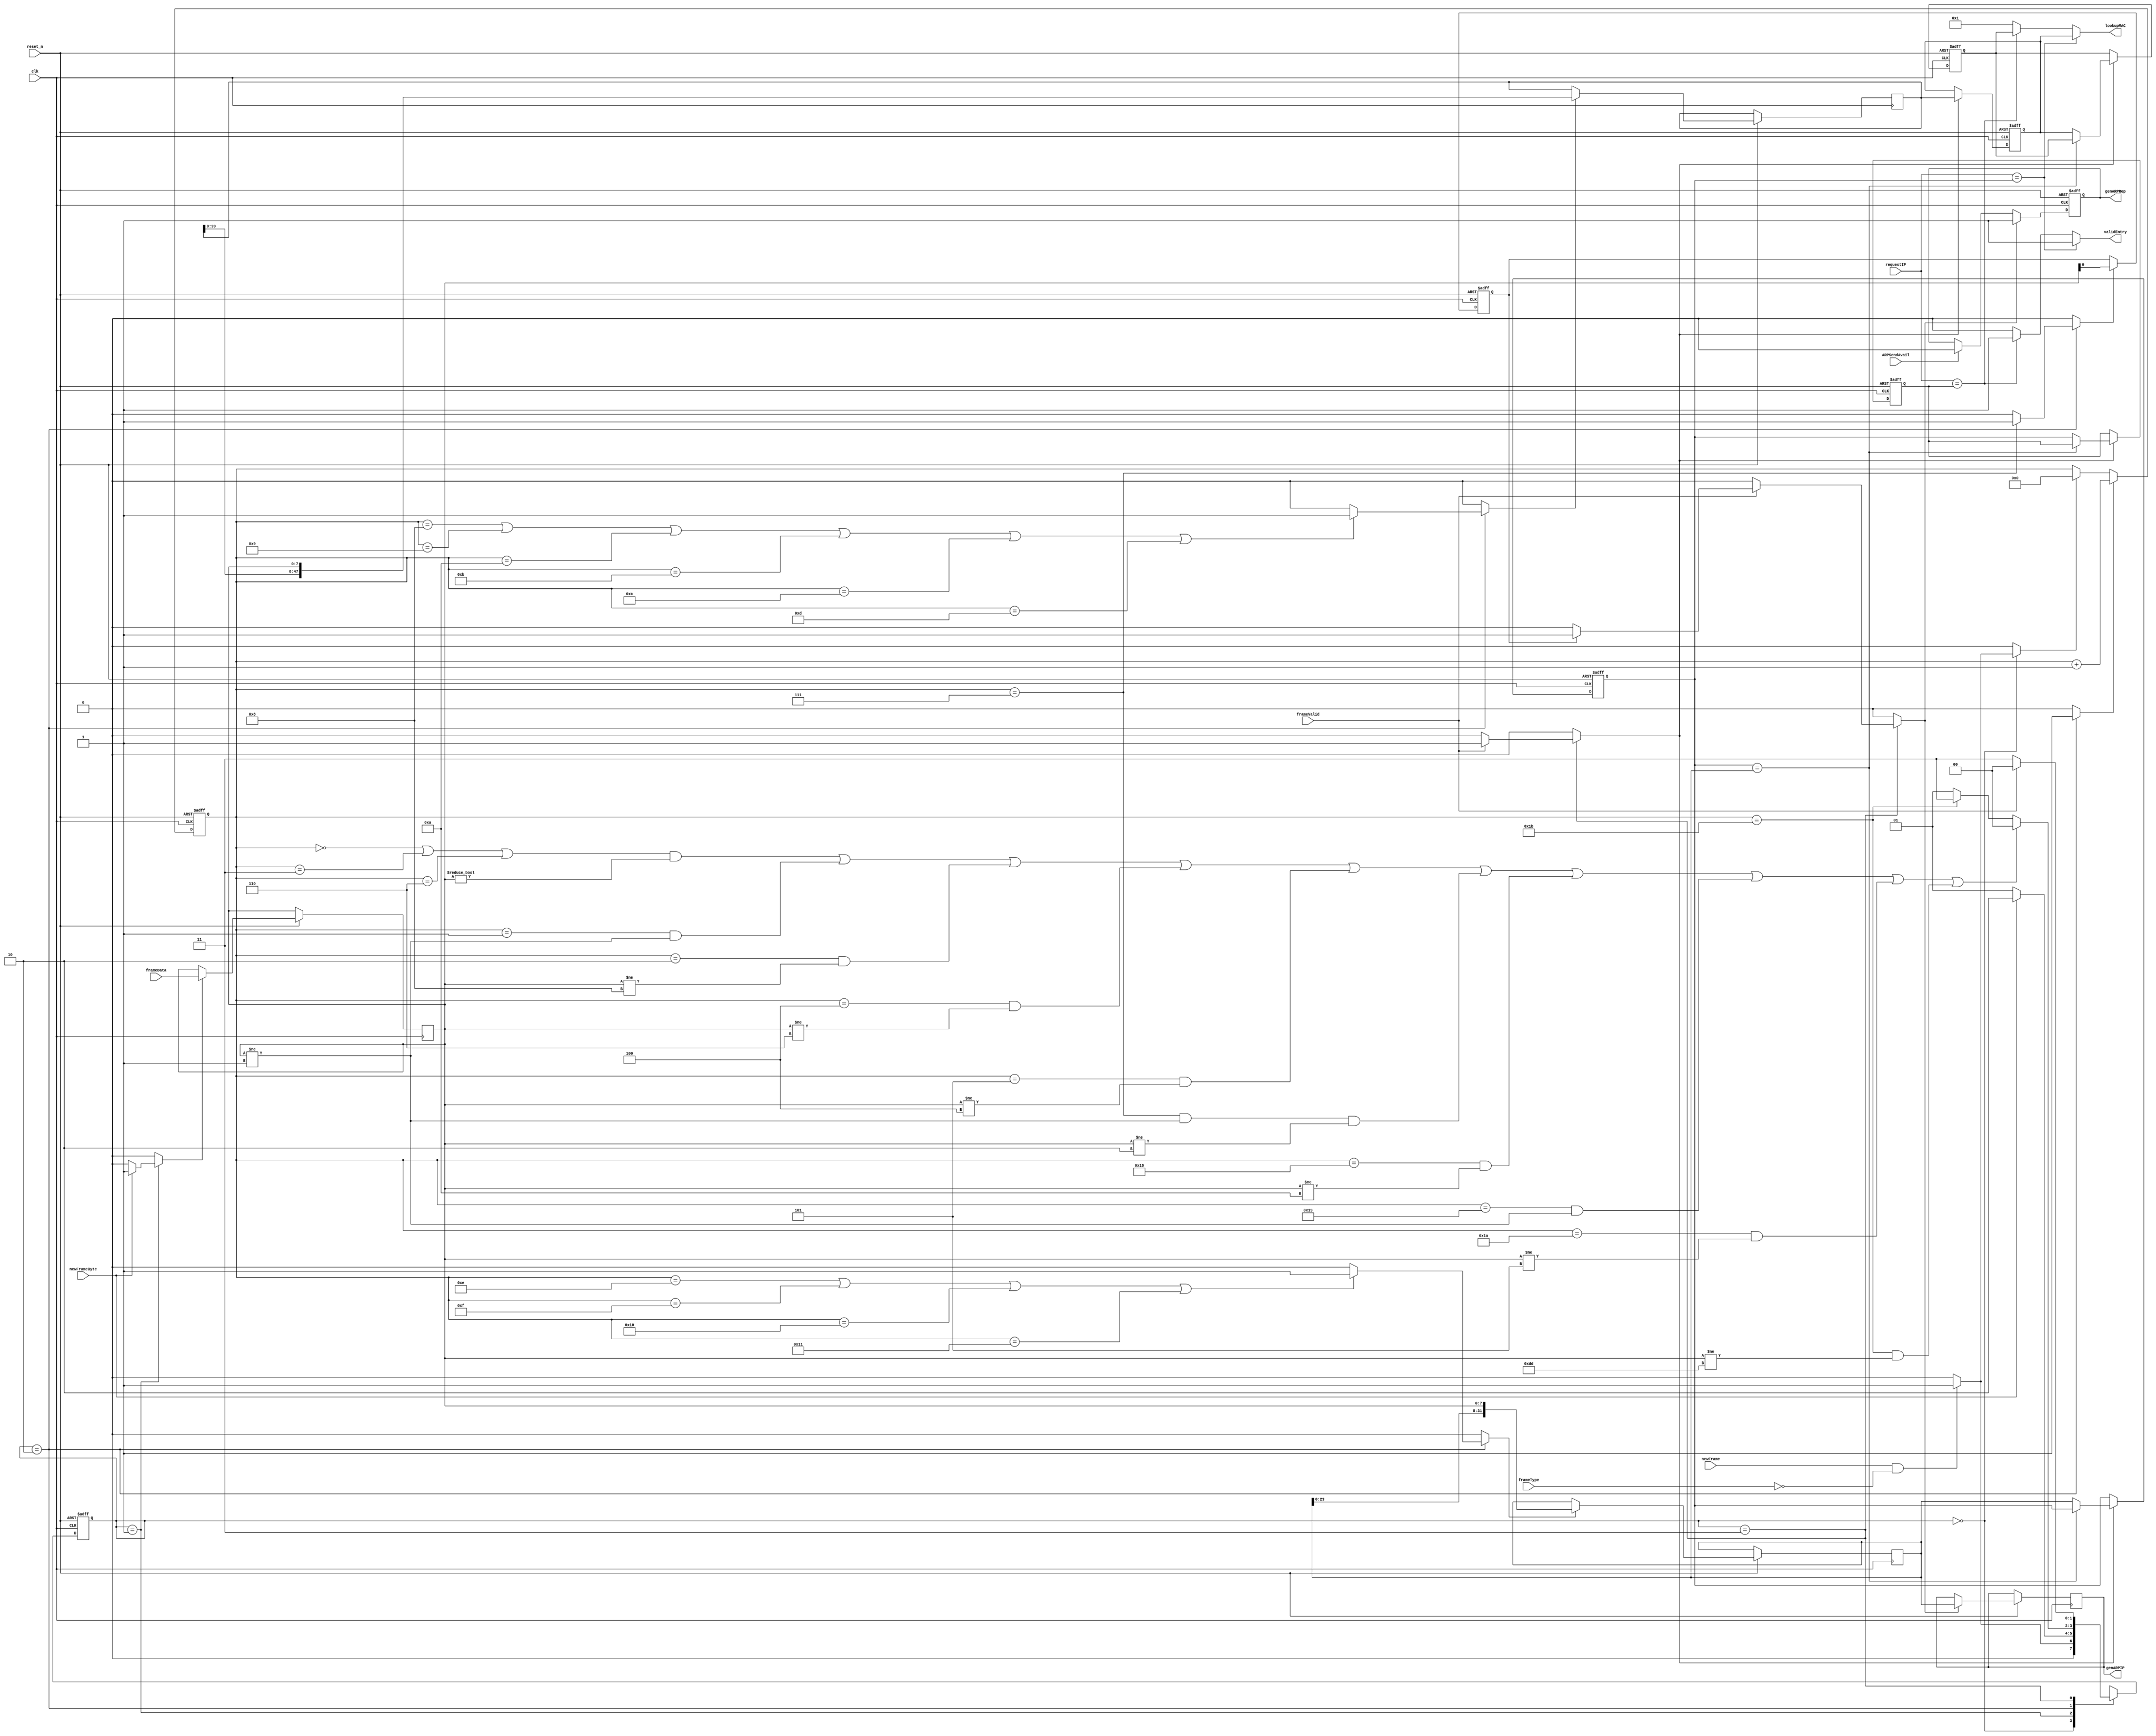
/***********************************************************************
  $FILENAME    : arp_reply_rx.v

  $TITLE       : ARP protocol (rx) implementation

  $DATE        : 19 July 2012

  $VERSION     : 1.0.0

  $DESCRIPTION : Manages an ARP table for the network stack project. This protocol listens
                 to incoming data and when an ARP request or reply arrives, the data of the
                 source is added to the ARP table. The ARP table contains two entries.
                 When a request arrives a signal is also asserted telling the arp sender to
                 send an ARP reply when possible. The incoming data from the ethernet layer
                 is a byte stream.

  $AUTHOR     : (C) 2001 Ashley Partis and Jorgen Peddersen (VHDL code)
                Armin Zare Zadeh (ali.a.zarezadeh @ gmail.com) (Verilog code)
                  (C) 2009 - Universitaet Potsdam (http://www.uni-potsdam.de/cs/)
                  (C) 2012 - Leibniz-Institut fuer Agrartechnik Potsdam-Bornim e.V.
                  https://www.atb-potsdam.de/de/institut/fachabteilungen/technik-im-pflanzenbau

************************************************************************/


module arp_reply_rx #(
  parameter [31:0] DEVICE_IP      = 32'h0a0105dd,
  parameter [47:0] DEVICE_MAC     = 48'h001999cf956f
)
(
  input              clk,               // clock 
  input              reset_n,           // asynchronous active low reset
  input              newFrame,			// from ethernet layer indicates data arrival
  input              frameType,			// '0' for an ARP message
  input              newFrameByte,		// indicates a new byte in the stream
  input [7:0]        frameData,	        // the stream data
  input              frameValid, 		// indicates validity while endFrame is asserted
  input              ARPSendAvail,		// ARP sender asserts this when the reply is transmitted
  input [31:0]       requestIP,	        // ARP sender can request MACs for this address
  output reg         genARPRep,		    // tell ARP sender to generate a reply
  output reg  [31:0] genARPIP,          // destination IP for generated reply
  output reg  [47:0] lookupMAC,         // if valid, MAC for requested IP
  output reg         validEntry         // indicates if requestIP is in table
);

  //-- State signals and types
  parameter [1:0]
	RX_ARP_IDLE    	           = 2'd0,	// IDLE State
	RX_ARP_HANDLEARP   	       = 2'd1,	// WAIT1 State
	RX_ARP_OPERATE   	       = 2'd2,	// WAIT2 State
	RX_ARP_CHECKVALID  	       = 2'd3;	// WAIT3 State
  
  reg [1:0]  arp_rep_rx_cur_fsm;
  reg [1:0]  arp_rep_rx_nxt_fsm;

  reg [4:0]  cnt;		         // header count
  reg        incCnt;			 // signal to increment cnt
  reg        rstCnt;			 // signal to clear cnt

  reg        latchFrameData;	 // signal to latch stream data
  reg [7:0]  frameDataLatch;	 // register for latched data
  reg        shiftSourceIPIn;	 // signal to shift in source IP
  reg [31:0] sourceIP;	         // stores source IP
  reg        shiftSourceMACIn;	 // signal to shift in source MAC
  reg [47:0] sourceMAC;	         // stores source MAC

  reg        ARPOperation;		 // '0' for reply, '1' for request
  reg        determineOperation; // signal to latch ARPOperation from stream

  reg        updateARPTable;	 // this signal updates the ARP table
  reg [31:0] ARPEntryIP;	     // most recent ARP entry IP
  reg [47:0] ARPEntryMAC;	     // most recent ARP entry MAC
  reg [31:0] ARPEntryIPOld;	     // 2nd ARP entry IP
  reg [47:0] ARPEntryMACOld;	 // 2nd ARP entry MAC

  reg        doGenARPRep;		 // asserted when an ARP reply must be generated

  // ==============================================================================
  always @(posedge clk or negedge reset_n) 
  begin
	// reset state and ARP entries  
    if (!reset_n) begin
	  arp_rep_rx_cur_fsm <= RX_ARP_IDLE;
	  ARPEntryIP <= 32'b0;
	  ARPEntryMAC <= 48'b0;
	  ARPEntryIPOld <= 32'b0;
	  ARPEntryMACOld <= 48'b0;
      genARPRep <= 1'b0;
	  ARPOperation <= 1'b0;
	  cnt <= 5'b0;
	end
	else begin
	  arp_rep_rx_cur_fsm <= arp_rep_rx_nxt_fsm;	// go to next state
	  
	  if (incCnt)	            // handle counter
	    cnt <= cnt + 1;
	  else if (rstCnt)
	    cnt <= 5'b0;
	  
	  if (latchFrameData)	    // latch stream data
	    frameDataLatch <= frameData;
	  
	  if (determineOperation)	// determine ARP Operation value
	    ARPOperation <= frameDataLatch[0];
	  
	  if (shiftSourceIPIn)	    // shift in IP
	    sourceIP <= {sourceIP[23:0], frameDataLatch};
	  
	  if (shiftSourceMACIn)	    // shift in MAC
	    sourceMAC <= {sourceMAC[39:0], frameDataLatch};
	  
	  if (updateARPTable) begin	// update ARP table
	    if (ARPEntryIP == sourceIP)	        // We already have this ARP, so update
	      ARPEntryMAC <= sourceMAC;
	    else begin							// Lose one old ARP entry and add new one.
	      ARPEntryIPOld <= ARPEntryIP;
	      ARPEntryMACOld <= ARPEntryMAC;
	      ARPEntryIP <= sourceIP;
	      ARPEntryMAC <= sourceMAC;
	    end
	  end
	  
	  // genARPRep is asserted by doGenARPRep and will stay high until cleared 
	  // by ARPSendAvail
	  if (doGenARPRep) begin	
	    genARPRep <= 1'b1;		// when a request is needed assert genARPRep
	    genARPIP <= sourceIP;	// and latch the outgoing address
	  end	
	  else if (ARPSendAvail) 
	    genARPRep <= 1'b0;		// when the request has been generated, stop requesting
	  						
	  
    end
  end // always 

  // ==============================================================================
  // ARP rx fsm
  always @(arp_rep_rx_cur_fsm or sourceIP or ARPOperation or cnt or newFrame or frameType or newFrameByte or frameDataLatch or frameValid)
  begin
    // defaulting of signals
	rstCnt <= 1'b0;
	incCnt <= 1'b0;
	shiftSourceIPIn <= 1'b0;
	determineOperation <= 1'b0;
	updateARPTable <= 1'b0;
	shiftSourceIPIn <= 1'b0;
	shiftSourceMACIn <= 1'b0;
	latchFrameData <= 1'b0;
	doGenARPRep <= 1'b0;
	
    case (arp_rep_rx_cur_fsm)
	  RX_ARP_IDLE:
	  begin
		// wait for an ARP frame to arrive
		if (newFrame && !frameType) begin
		  arp_rep_rx_nxt_fsm <= RX_ARP_HANDLEARP;
		  rstCnt <= 1'b1;
		end  
		else
		  arp_rep_rx_nxt_fsm <= RX_ARP_IDLE;
      end

	  RX_ARP_HANDLEARP:
	  begin
		// receive a byte from the stream
		if (!newFrameByte)
		  arp_rep_rx_nxt_fsm <= RX_ARP_HANDLEARP;
		else begin
		  arp_rep_rx_nxt_fsm <= RX_ARP_OPERATE;
		  latchFrameData <= 1'b1;
		end
	  end
			
	  RX_ARP_OPERATE:
	  begin
	    // increment counter
		incCnt <= 1'b1;
		// choose state based on values in the header
		// The following will make us ignore the frame (all values hexadecimal):
		// Hardware Type /= 1
		// Protocol Type /= 800
		// Hardware Length /= 6
		// Protocol Length /= 8
		// Operation /= 1 or 2
		// Target IP /= our IP (i.e. message is not meant for us)
	    if ( 
			  ((cnt == 5'b0 || cnt == 5'b00011 || cnt == 5'b00110) && frameDataLatch != 8'd0 ) || 
			  (cnt == 5'b00001 && frameDataLatch != 8'd1) || 
			  (cnt == 5'b00010 && frameDataLatch != 8'd8) || 
			  (cnt == 5'b00100 && frameDataLatch != 8'd6) ||	
			  (cnt == 5'b00101 && frameDataLatch != 8'd4) ||	 
			  (cnt == 5'b00111 && frameDataLatch != 8'd1 && frameDataLatch != 8'd2 ) || 
			  (cnt == 5'b11000 && frameDataLatch != DEVICE_IP[31:24]) ||	
			  (cnt == 5'b11001 && frameDataLatch != DEVICE_IP[23:16]) || 
			  (cnt == 5'b11010 && frameDataLatch != DEVICE_IP[15:8]) || 
			  (cnt == 5'b11011 && frameDataLatch != DEVICE_IP[7:0])
			)
	      arp_rep_rx_nxt_fsm <= RX_ARP_IDLE;
	    else if (cnt == 5'b11011) 
	      arp_rep_rx_nxt_fsm <= RX_ARP_CHECKVALID;	// exit when data is totally received
	    else
	      arp_rep_rx_nxt_fsm <= RX_ARP_HANDLEARP;	// otherwise loop until complete
				
	    // latch and shift in signals from stream when needed
	    if (cnt == 5'b00111)
	      determineOperation <= 1'b1;	
	    
	    if (cnt == 5'b01000 || cnt ==  5'b01001 || cnt == 5'b01010 || cnt == 5'b01011 || cnt == 5'b01100 || cnt == 5'b01101)
		  shiftSourceMACIn <= 1'b1;
	    
	    if (cnt == 5'b01110 || cnt == 5'b01111 || cnt == 5'b10000 || cnt == 5'b10001) 
	      shiftSourceIPIn <= 1'b1;
	    
	  end
								
	  RX_ARP_CHECKVALID:
	  begin
		// wait for the END of the frame
	    if (!frameValid)
		  // frame failed CRC so ignore it
		  arp_rep_rx_nxt_fsm <= RX_ARP_CHECKVALID;
	    else begin
		  // generate a reply if required and wait for more messages
		  if (ARPOperation)
		    doGenARPRep <= 1'b1;
		  			
		  arp_rep_rx_nxt_fsm <= RX_ARP_IDLE;
		  updateARPTable <= 1'b1;	// update the ARP table with the new data
	    end
	  end

	  default:
	  begin
          arp_rep_rx_nxt_fsm <= RX_ARP_IDLE;
	  end
	
    endcase 
	
  end // always
			
  // ==============================================================================
  // handle requests for entries in the ARP table.
  always @(requestIP or ARPEntryIP or ARPEntryMAC or ARPEntryIPOld or ARPEntryMACOld)
  begin
    if (requestIP == ARPEntryIP) begin			// check most recent entry
	  validEntry <= 1'b1;
	  lookupMAC <= ARPEntryMAC;
	end  
	else if (requestIP == ARPEntryIPOld) begin	// check 2nd entry
	  validEntry <= 1'b1;
	  lookupMAC <= ARPEntryMACOld;
	end  
	else begin									// if neither entry matches, valid = 0
	  validEntry <= 1'b0;
	  lookupMAC <= 48'b1;
	end
  
  end // always

endmodule